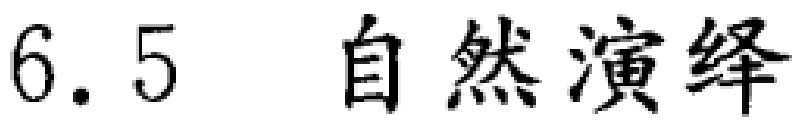
6.5 自然演绎